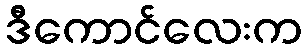
ဒီကောင်လေးက